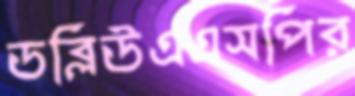
ডব্লিউএএসপির